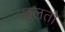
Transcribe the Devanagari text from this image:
खुलतौ